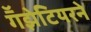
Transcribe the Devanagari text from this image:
गॕझेटियरने